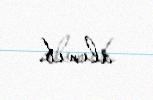
alınıb.